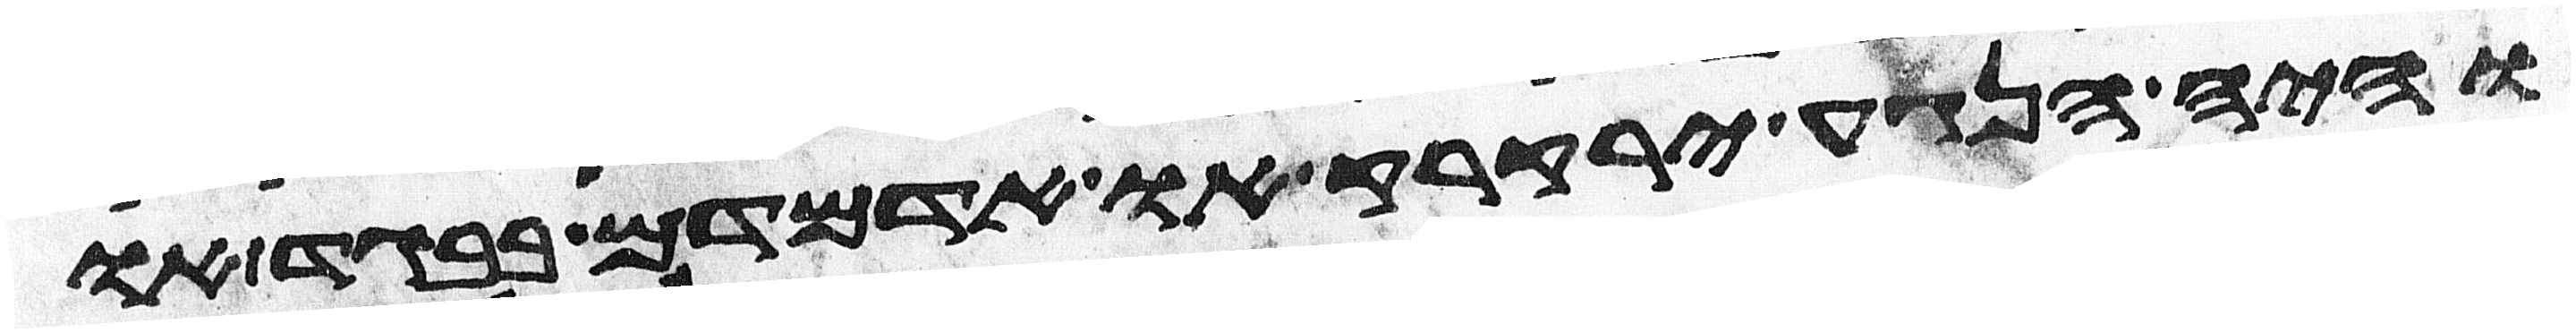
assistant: והיה הנגע ירקרק או אדמדם בבגד או